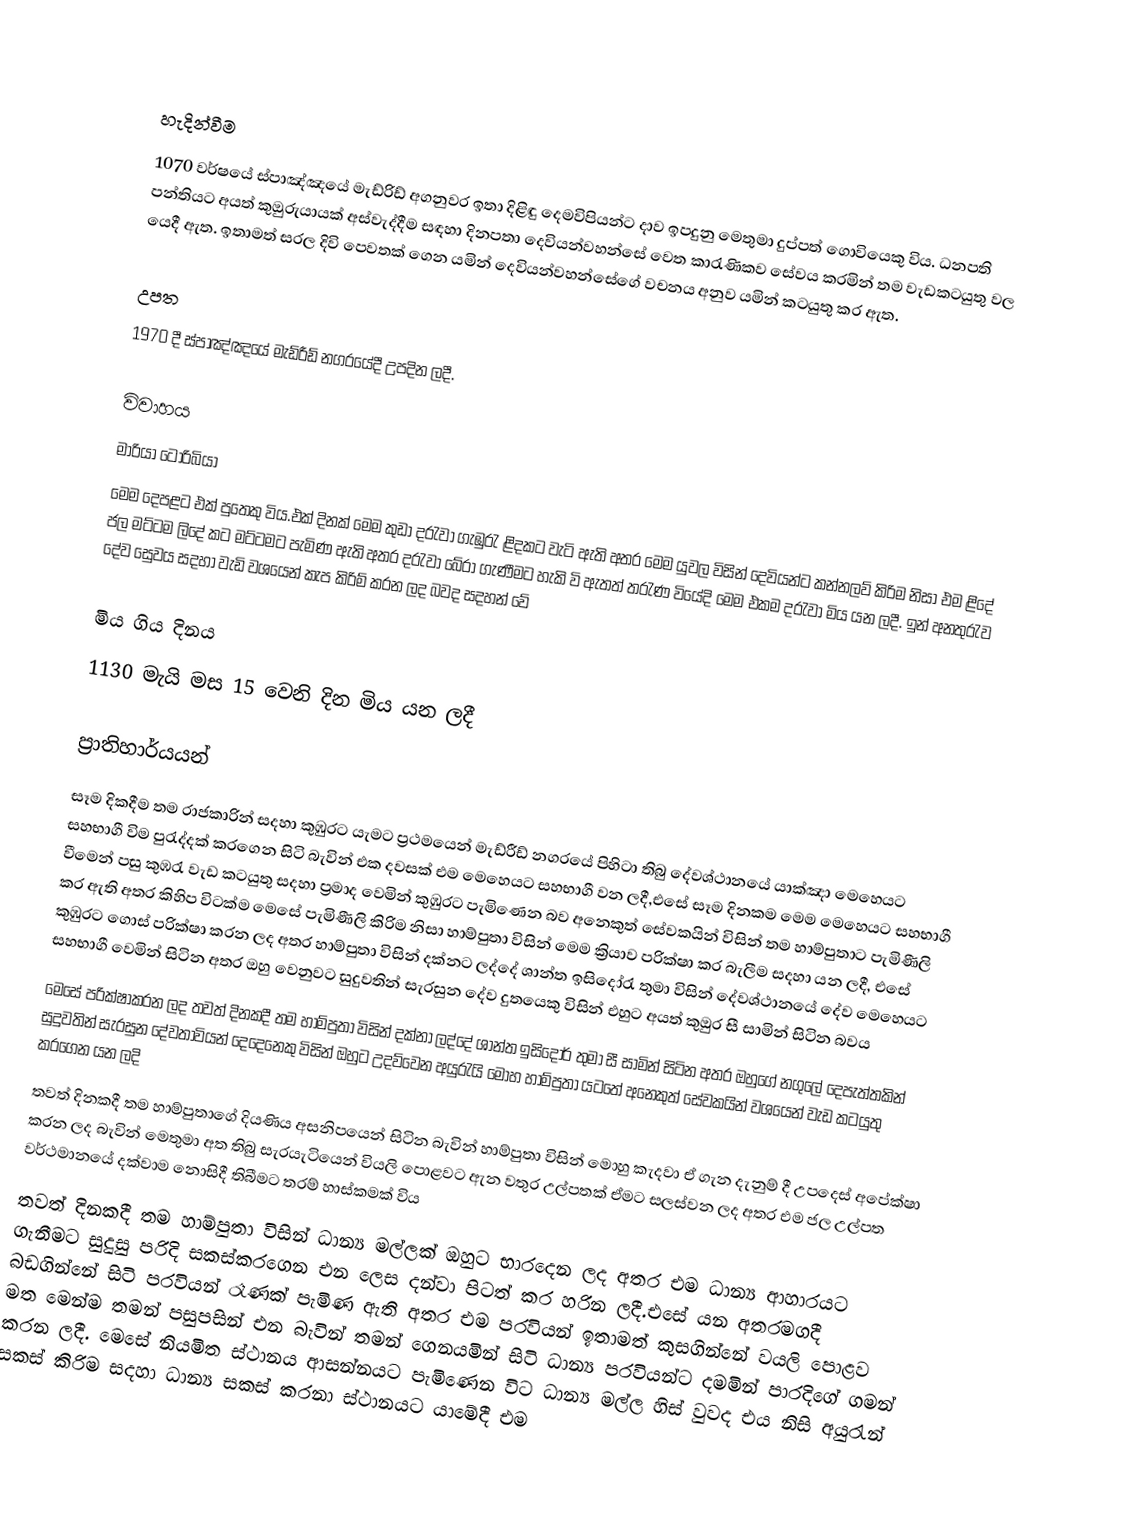

හැදින්වීම
1070 වර්ෂයේ ස්පාඤ්ඤයේ මැඩ්රිඩ් අගනුවර ඉතා දිළිඳු දෙමවිපියන්ට දාව ඉපදුනු මෙතුමා  දුප්පත් ගොවියෙකු විය. ධනපති පන්තියට අයත් කුඔුරුයායක් අස්වැද්දීම සඳහා දිනපතා දෙවියන්වහන්සේ වෙත කාරැණිකව සේවය කරමින් තම වැඩකටයුතු වල යෙදී ඇත. ඉතාමත් සරල දිවි පෙවතක් ගෙන යමින් දෙවියන්වහන්සේගේ වචනය අනුව යමින් කටයුතු කර ඇත.

උපත
1970 දී ස්පාඤ්ඤයේ මැඩ්රීඩ් නගරයේදී උපදින ලදී.

විවාහය
මාරියා ටොරිබියා
මෙම දෙපළට එක් පුතෙකු විය.එක් දිනක් මෙම කුඩා දරැවා ගැඹුරැ ළිදකට වැටි ඇති අතර මෙම යුවල විසින් දෙවියන්ට කන්නලව් කිරිම නිසා එම ළිදේ ජල මට්ටම ලිදේ කට මට්ටමට පැමිණ ඇති අතර දරැවා බේරා ගැණීමට හැකි වි ඇතත් තරැණ වියේදි මෙම එකම දරැවා මිය යන ලදී. ඉන් අනතුරැව දේව සෙුවය සදහා වැඩි වශයෙන් කැප කිරිම් කරන ලද බවද සදහන් වේ

මිය ගිය දිනය
1130 මැයි මස 15 වෙනි දින මිය යන ලදී

ප්‍රාතිහාර්යයන්
 සෑම දිකදීම තම රාජකාරින් සදහා කුඹුරට යැමට ප්‍රථමයෙන් මැඩ්රීඩ් නගරයේ පිහිටා තිබු දේවශ්ථානයේ යාක්ඤා මෙහෙයට සහභාගී විම පුරැද්දක් කරගෙන සිටි බැවින් එක දවසක් එම මෙහෙයට සහභාගී වන ලදී‍,එසේ සෑම දිනකම මෙම මෙහෙයට සහභාගී වීමෙන් පසු කුඹරැ වැඩ කටයුතු සදහා ප්‍රමාද වෙමින් කුඹුරට පැමිණෙන බව අනෙකුත් සේවකයින් විසින් තම හාම්පුතාට පැමිණීලි කර ඇති අතර කිහිප විටක්ම මෙසේ පැමිණීලි කිරිම නිසා හාම්පුතා විසින් මෙම ක්‍රියාව පරික්ෂා කර බැලීම සදහා යන ලදී, එසේ කුඹුරට ගොස් පරික්ෂා කරන ලද අතර හාම්පුතා විසින් දක්නට ලද්දේ ශාන්ත ඉසිදෝරැ තුමා විසින් දේවශ්ථානයේ දේව මෙහෙයට සහභාගී වෙමින් සිටින අතර ඔහු වෙනුවට සුදුවතින් සැරසුන දේව දුතයෙකු විසින් එහුට අයත් කුඔුර සී සාමින් සිටින බවය
 මෙසේ පරික්ෂාකරන ලද තවත් දිනකදී තම හාම්පුතා විසින් දක්නා ලද්දේ ශාන්ත ඉසිදෝර් තුමා සී සාමින් සිටින අතර ඔහුගේ නගුලේ දෙපැත්තකින්  සුදුවතින් සැරසුන දේවතාවියන් දෙදෙනෙකු විසින් ඔහුට උදව්වෙන අයුරැයි මොහ  හාම්පුතා යටතේ අනෙකුත් සේවකයින් වශයෙන් වැඩ කටයුතු කරගෙන යන ලදි
 තවත් දිනකදී තම හාම්පුතාගේ දියණිය අසනිපයෙන් සිටින බැවින් හාම්පුතා විසින් මොහු කැදවා ඒ ගැන දැනුම් දී උපදෙස් අපේක්ෂා කරන ලද බැවින් මෙතුමා අත තිබු සැරයැටියෙන් වියලි පොළවට ඇන වතුර උල්පතක් ඒමට සලස්වන ලද අතර එම ජල උල්පත වර්ථමානයේ දක්වාම නොසිදී තිබීමට තරම් හාස්කමක් විය
 තවත් දිනකදී තම හාම්පුතා විසින් ධාන්‍ය මල්ලක් ඔහුට භාරදෙන ලද අතර එම ධාන්‍ය ආහාරයට ගැනීමට සුදුසු පරිදි සකස්කරගෙන එන ලෙස දන්වා පිටත් කර හරින ලදී.එසේ යන අතරමගදී බඩගින්නේ සිටි පරවියන් රෑණක්  පැමිණ ඇති අතර එම පරවියන් ඉතාමත් කුසගින්නේ වයලි පොළව මත මෙන්ම තමන් පසුපසින් එන බැවින්  තමන් ගෙනයමින් සිටි ධාන්‍ය පරවියන්ට දමමින් පාරදිගේ ගමන් කරන ලදී. මෙසේ නියමිත ස්ථානය ආසන්නයට පැමිණෙන විට ධාන්‍ය මල්ල හිස් වුවද එය නිසි අයුරැන් සකස් කිරිම සදහා ධාන්‍ය සකස් කරනා ස්ථානයට යාමේදී එම